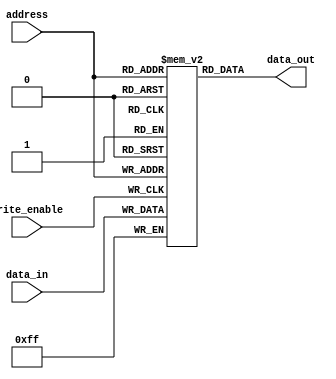
module register_file
(
 input wire [4:0] address,
 input wire [7:0] data_in,
 input wire write_enable,
 output reg [7:0] data_out
);

reg [7:0] registers [31:0];

always @ (posedge write_enable)
if (write_enable)
registers[address] <= data_in;

always @ (address)
data_out <= registers[address];

endmodule